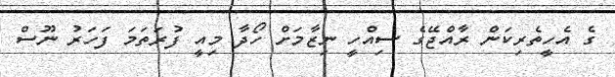
ގެ އެހީތެރިކަން ރާއްޖޭގެ ސިއްހީ ނިޒާމަށް ހޯދާ މިއީ ފުރަތަމަ ފަހަރު ނޫސް